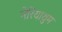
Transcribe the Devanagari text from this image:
नेरियाथुम